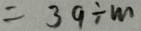
= 3 9 \div m